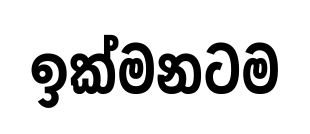
ඉක්මනටම